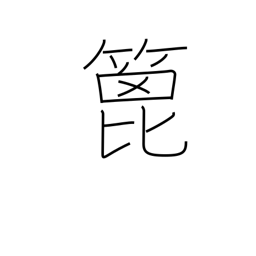
Meaning: spatula